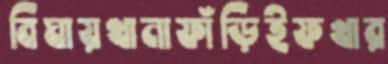
বিঘায়থানাফাঁড়িইফখার